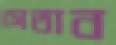
সেতাব